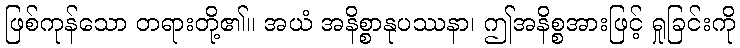
ဖြစ်ကုန်သော တရားတို့၏။ အယံ အနိစ္စာနုပဿနာ၊ ဤအနိစ္စအားဖြင့် ရှုခြင်းကို